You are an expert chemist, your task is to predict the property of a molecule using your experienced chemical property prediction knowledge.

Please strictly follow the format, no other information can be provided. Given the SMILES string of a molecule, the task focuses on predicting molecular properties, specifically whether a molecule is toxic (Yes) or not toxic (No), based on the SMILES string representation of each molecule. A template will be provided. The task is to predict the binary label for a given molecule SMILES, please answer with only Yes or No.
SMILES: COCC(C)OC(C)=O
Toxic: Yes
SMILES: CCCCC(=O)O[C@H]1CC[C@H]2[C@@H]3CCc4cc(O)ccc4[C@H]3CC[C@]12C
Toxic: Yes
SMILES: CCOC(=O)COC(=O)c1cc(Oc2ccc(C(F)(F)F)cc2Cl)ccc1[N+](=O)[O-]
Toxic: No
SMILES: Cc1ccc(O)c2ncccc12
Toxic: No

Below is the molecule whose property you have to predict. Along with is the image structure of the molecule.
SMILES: Brc1cccc(-c2ccccc2)c1
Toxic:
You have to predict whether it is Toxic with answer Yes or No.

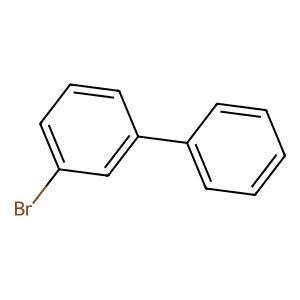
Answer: No